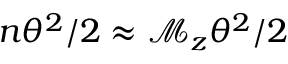
n \theta ^ { 2 } / 2 \approx \mathcal { M } _ { z } \theta ^ { 2 } / 2